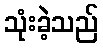
သုံးခဲ့သည်